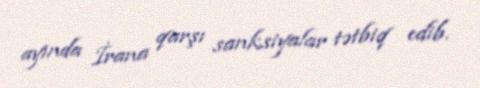
ayında İrana qarşı sanksiyalar tətbiq edib.